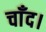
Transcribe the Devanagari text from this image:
चाँद।